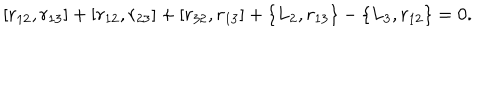
LaTeX: [ r _ { 1 2 } , r _ { 1 3 } ] + [ r _ { 1 2 } , r _ { 2 3 } ] + [ r _ { 3 2 } , r _ { 1 3 } ] + \{ L _ { 2 } , r _ { 1 3 } \} - \{ L _ { 3 } , r _ { 1 2 } \} = 0 .